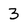
Character: 3